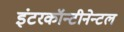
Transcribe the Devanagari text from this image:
इंटरकॉन्टीनेन्टल